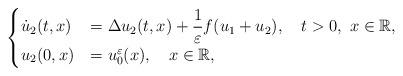
LaTeX: \begin{align*}\begin{cases}\dot{u}_2 (t,x) &= \Delta u_2 (t,x)+\displaystyle{\frac{1}{\varepsilon}}f(u_1 +u_2) ,\ \ \ t > 0,\ x\in \mathbb{R}, \\u_2 (0,x) &= u_0 ^\varepsilon (x),\ \ \ x\in \mathbb{R}, \end{cases}\end{align*}